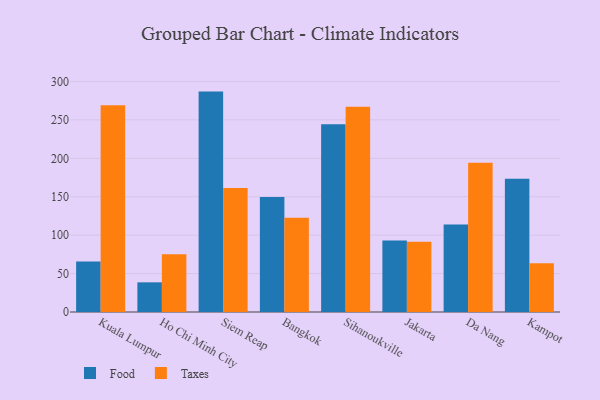
{"axis": {"x": "City", "y": "Page Views"}, "legend": ["Food", "Taxes"], "data": [{"x": "Kuala Lumpur", "y": 65.6, "type": "Food"}, {"x": "Kuala Lumpur", "y": 269.2, "type": "Taxes"}, {"x": "Ho Chi Minh City", "y": 38.6, "type": "Food"}, {"x": "Ho Chi Minh City", "y": 75.1, "type": "Taxes"}, {"x": "Siem Reap", "y": 286.8, "type": "Food"}, {"x": "Siem Reap", "y": 161.4, "type": "Taxes"}, {"x": "Bangkok", "y": 149.5, "type": "Food"}, {"x": "Bangkok", "y": 122.8, "type": "Taxes"}, {"x": "Sihanoukville", "y": 244.3, "type": "Food"}, {"x": "Sihanoukville", "y": 267.1, "type": "Taxes"}, {"x": "Jakarta", "y": 93.2, "type": "Food"}, {"x": "Jakarta", "y": 91.5, "type": "Taxes"}, {"x": "Da Nang", "y": 113.8, "type": "Food"}, {"x": "Da Nang", "y": 194.1, "type": "Taxes"}, {"x": "Kampot", "y": 173.5, "type": "Food"}, {"x": "Kampot", "y": 63.3, "type": "Taxes"}]}